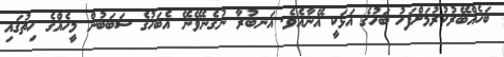
ބަހެއްބޭރުކުރުމަށްފަހު ބަހުގެ އަޅަކީ އޭނާއެވެ. އަނބުރާ ނުގެނެވޭނޭ އެބަހުގެ ސަބަބުން މީހެއްގެ ހިތުގައި